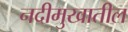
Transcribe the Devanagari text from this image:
नदीमुखातील